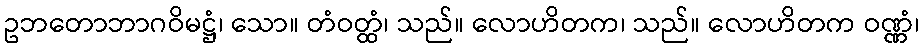
ဥဘတောဘာဂဝိမဋ္ဌံ၊ သော။ တံဝတ္ထံ၊ သည်။ လောဟိတက၊ သည်။ လောဟိတက ဝဏ္ဏံ၊